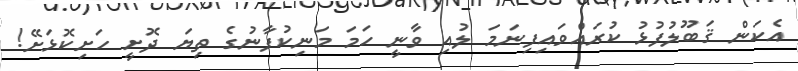
އެކަން ޤަބޫލުފުޅު ކުރައްވައިފިނަމަ ލުއި ވާނީ ހަމަ މަނިކުފާނުގެ ތިޔަ ދޮށީ ހަށިކޮޅަށޭ!